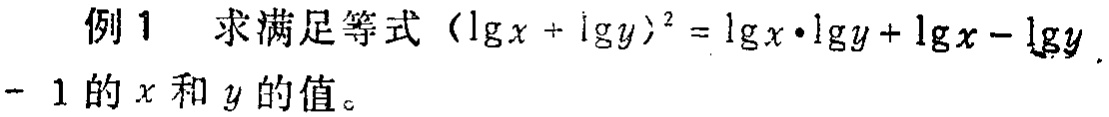
例1 求满足等式\((\lg x + \lg y)^2 = \lg x\cdot\lg y+\lg x - \lg y - 1\)的\(x\)和\(y\)的值。